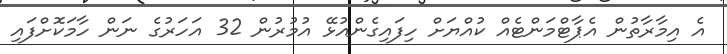
އެ އިމާރާތުން އެޕާޓްމަންޓެއް ކުއްޔަށް ހިފައިގެންއުޅޭ އުމުރުން 32 އަހަރުގެ ނަން ހާމަކޮށްފައި